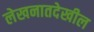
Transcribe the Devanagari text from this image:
लेखनातदेखील